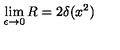
\lim _ { \epsilon \to 0 } R = 2 \delta ( x ^ { 2 } )